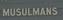
musulmans